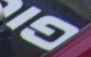
GI